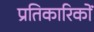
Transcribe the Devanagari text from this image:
प्रतिकारिकों